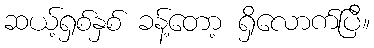
ဆယ့်ရှစ်နှစ် ခန့်တော့ ရှိလောက်ပြီ။